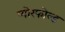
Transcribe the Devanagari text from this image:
प्योरफोल्ड